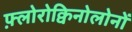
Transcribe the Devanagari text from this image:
फ़्लोरोक्विनोलोनों